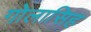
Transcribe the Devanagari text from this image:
गोलासिह